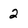
Character: 2